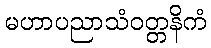
မဟာပညာသံဝတ္တနိကံ